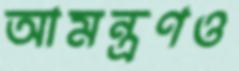
আমন্ত্রণও